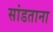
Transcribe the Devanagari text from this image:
सांडताना